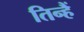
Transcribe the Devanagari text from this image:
तिन्‍हैं